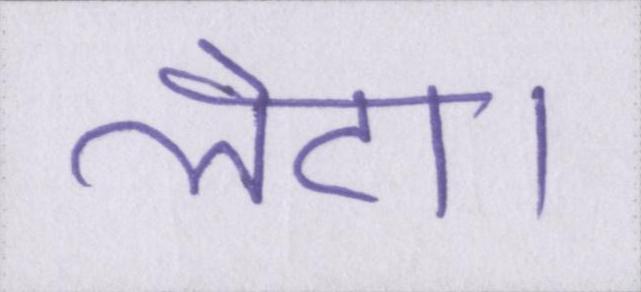
लेटा।